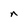
Character: n